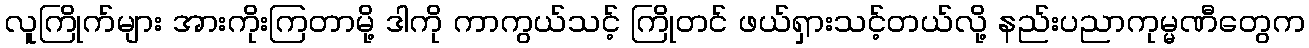
လူကြိုက်များ အားကိုးကြတာမို့ ဒါကို ကာကွယ်သင့် ကြိုတင် ဖယ်ရှားသင့်တယ်လို့ နည်းပညာကုမ္မဏီတွေက